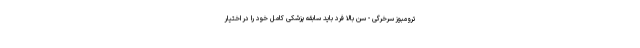
ترومبوز سرخرگی - سن بالا فرد باید سابقه پزشکی کامل خود را در اختیار